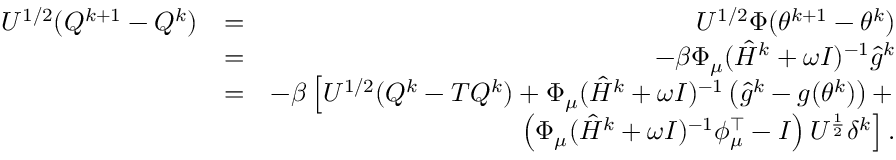
\begin{array} { r l r } { U ^ { 1 / 2 } ( Q ^ { k + 1 } - Q ^ { k } ) } & { = } & { U ^ { 1 / 2 } \Phi ( \theta ^ { k + 1 } - \theta ^ { k } ) } \\ & { = } & { - \beta \Phi _ { \mu } ( \hat { H } ^ { k } + \omega I ) ^ { - 1 } \hat { g } ^ { k } } \\ & { = } & { - \beta \left[ U ^ { 1 / 2 } ( Q ^ { k } - T Q ^ { k } ) + \Phi _ { \mu } ( \hat { H } ^ { k } + \omega I ) ^ { - 1 } \left( \hat { g } ^ { k } - g ( \theta ^ { k } ) \right) + \right. } \\ & { \ } & { \left. \left( \Phi _ { \mu } ( \hat { H } ^ { k } + \omega I ) ^ { - 1 } \phi _ { \mu } ^ { \top } - I \right) U ^ { \frac { 1 } { 2 } } \delta ^ { k } \right] . } \end{array}